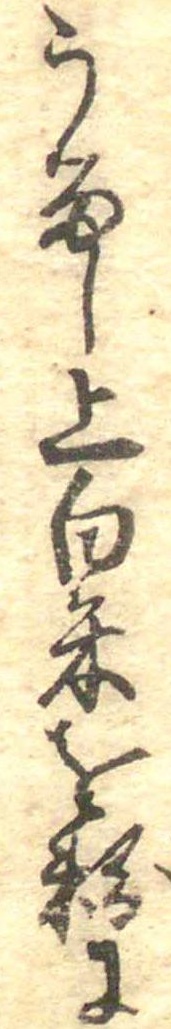
うるし上白米を粉に